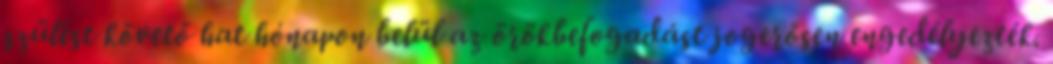
szülést követő hat hónapon belül az örökbefogadást jogerősen engedélyezték.